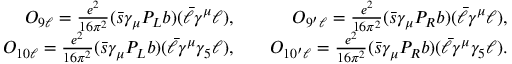
\begin{array} { r l r } { { \cal O } _ { 9 \ell } = \frac { e ^ { 2 } } { 1 6 \pi ^ { 2 } } ( \bar { s } \gamma _ { \mu } P _ { L } b ) ( \bar { \ell } \gamma ^ { \mu } \ell ) , } & { { } } & { { \cal O } _ { 9 ^ { \prime } \ell } = \frac { e ^ { 2 } } { 1 6 \pi ^ { 2 } } ( \bar { s } \gamma _ { \mu } P _ { R } b ) ( \bar { \ell } \gamma ^ { \mu } \ell ) , } \\ { { \cal O } _ { 1 0 \ell } = \frac { e ^ { 2 } } { 1 6 \pi ^ { 2 } } ( \bar { s } \gamma _ { \mu } P _ { L } b ) ( \bar { \ell } \gamma ^ { \mu } \gamma _ { 5 } \ell ) , } & { { } } & { { \cal O } _ { 1 0 ^ { \prime } \ell } = \frac { e ^ { 2 } } { 1 6 \pi ^ { 2 } } ( \bar { s } \gamma _ { \mu } P _ { R } b ) ( \bar { \ell } \gamma ^ { \mu } \gamma _ { 5 } \ell ) . } \end{array}